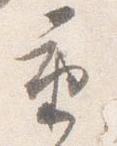
重